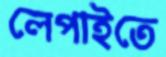
লেপাইতে